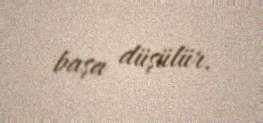
başa düşülür.